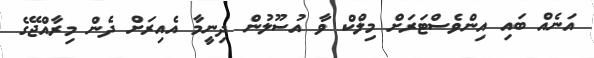
އަނެއް ބައި އިންވެސްޓަރަށް މިލްކް ވާ އުސޫލުން ދިނީމާ އެއިރަށް ދެން މިރާއްޖޭގެ